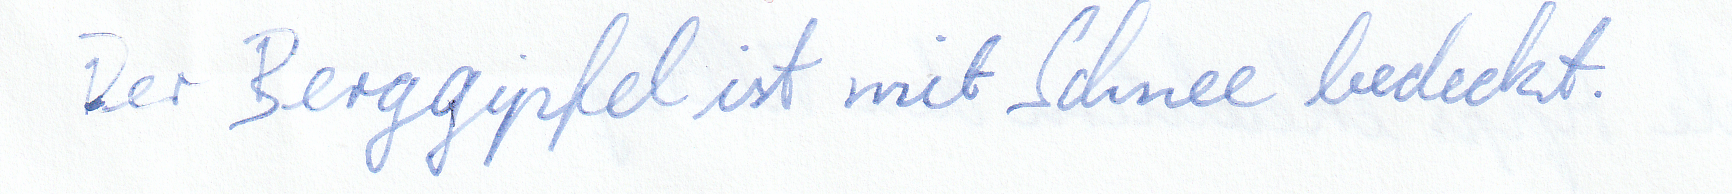
Der Berggipfel ist mit Schnee bedeckt.